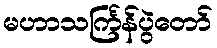
မဟာသင်္ကြန်ပွဲတော်